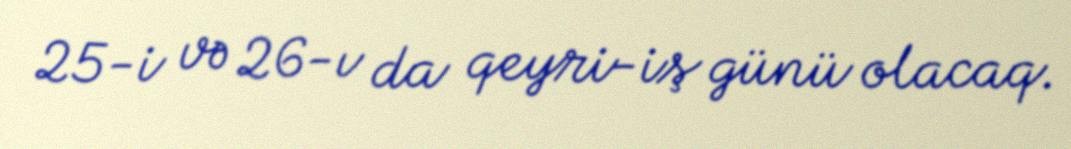
25-i və 26-ı da qeyri-iş günü olacaq.